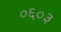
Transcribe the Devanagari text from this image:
०६०३